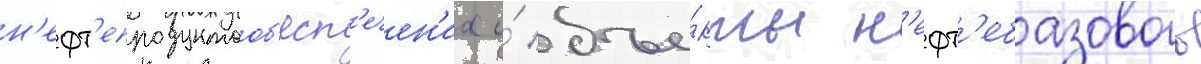
н'ефт'епродуктооб'есп'ечен'иа и́ объе́кты н'ефт'ебазового